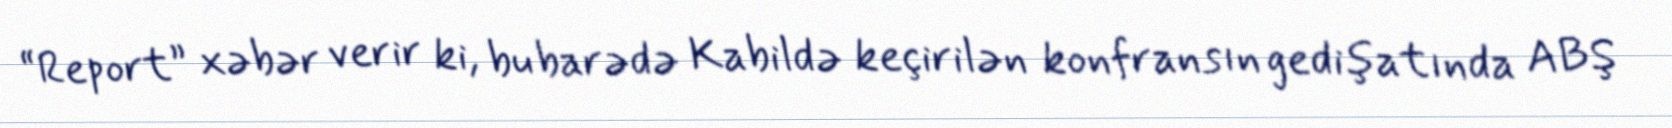
“Report” xəbər verir ki, bu barədə Kabildə keçirilən konfransın gedişatında ABŞ